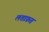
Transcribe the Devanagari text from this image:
लताफ़त